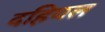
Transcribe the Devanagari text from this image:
दहियल